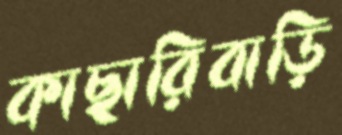
কাছারিবাড়ি